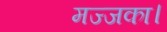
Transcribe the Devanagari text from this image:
मज्जका।